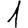
Digit: 1